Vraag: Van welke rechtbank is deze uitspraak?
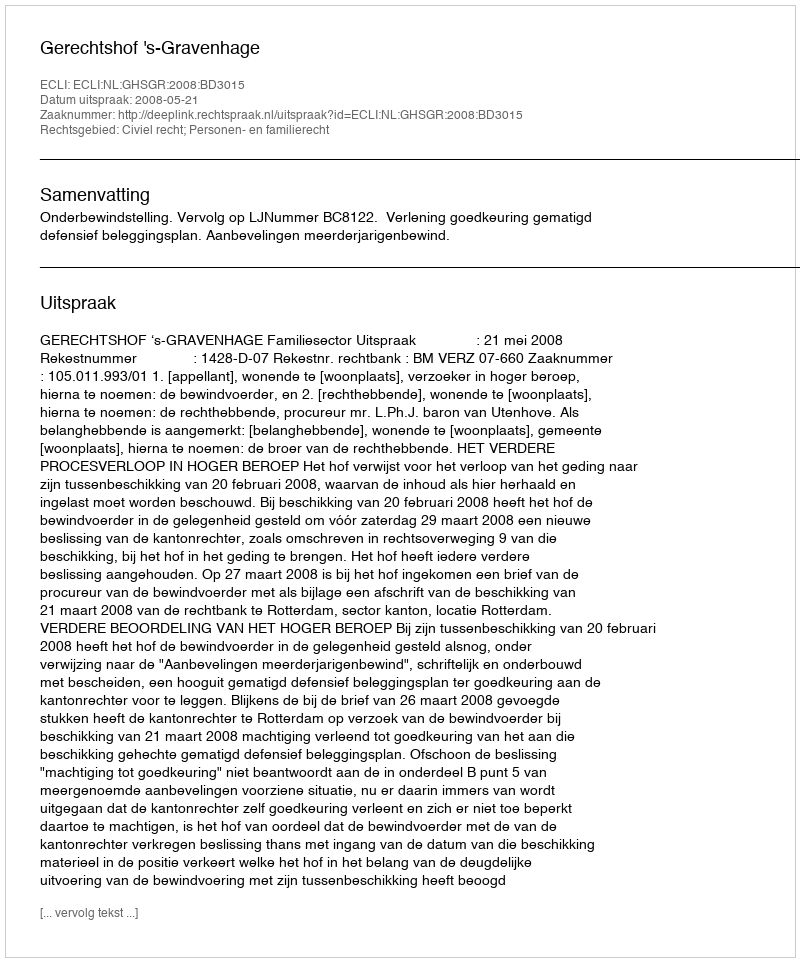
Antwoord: Gerechtshof 's-Gravenhage